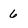
Character: 6